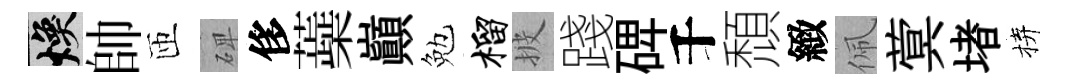
焕帥匝𥓓侈蘃巔勉榴披踐𥓓千頹緻佩蓂堵拚